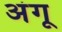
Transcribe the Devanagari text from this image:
अंगू